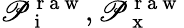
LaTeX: \mathscr{P}_{\mathrm{{~i~}}}^{\mathrm{{~r~a~w~}}},\mathscr{P}_{\mathrm{{~x~}}}^{\mathrm{{~r~a~w~}}}